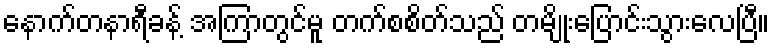
နောက်တနာရီခန့် အကြာတွင်မူ တက်စစိတ်သည် တမျိုးပြောင်းသွားလေပြီ။